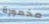
مخمورة